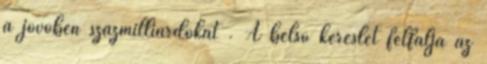
a jövőben százmilliárdokat . A belső kereslet felfalja az